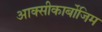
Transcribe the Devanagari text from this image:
आक्‍सीकार्बोजिम